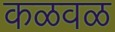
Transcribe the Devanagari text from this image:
कळवळ